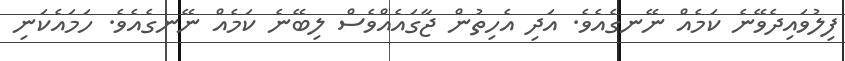
ފިލުވައިދެވޭނެ ކަމެއް ނޭނގެއެވެ. އަދި އެހިތުން ޖާގައެއްވެސް ލިބޭނެ ކަމެއް ނޭނގެއެވެ. ހަމައެކަނި